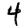
Digit: 4